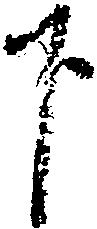
下